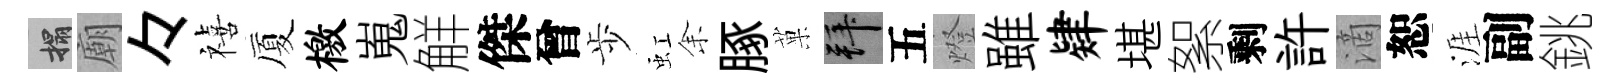
搨廟々禧厦檄嵬觧傑曾歩虹𪜬䐁菓拜五燈雖肄堪絮剩許滴恕涯副銚